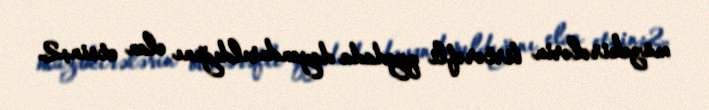
müzakirələrin birtərəfli qaydada dayandırıldığını elan etsin;2.